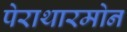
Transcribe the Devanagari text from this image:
पेराथारमोन